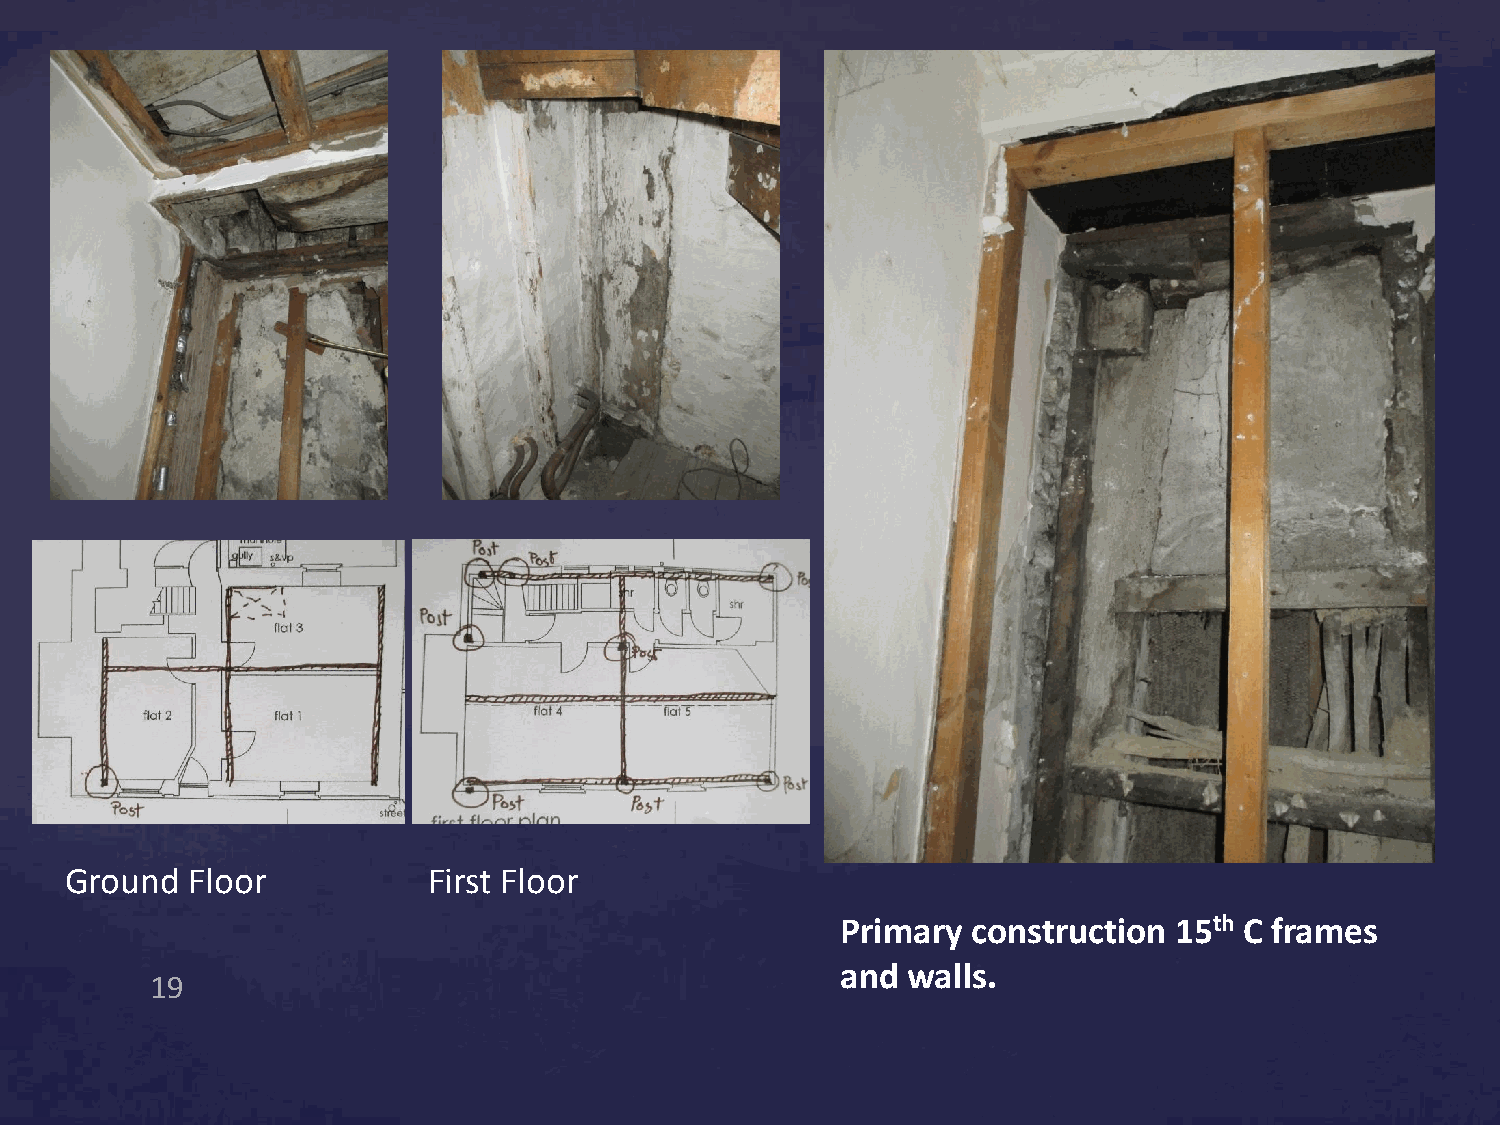
Ground  Floor           First Floor
 Primary construction  15th C frames
 and walls.